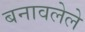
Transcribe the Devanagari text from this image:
बनावलेले